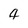
Character: 4